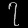
Digit: ၇